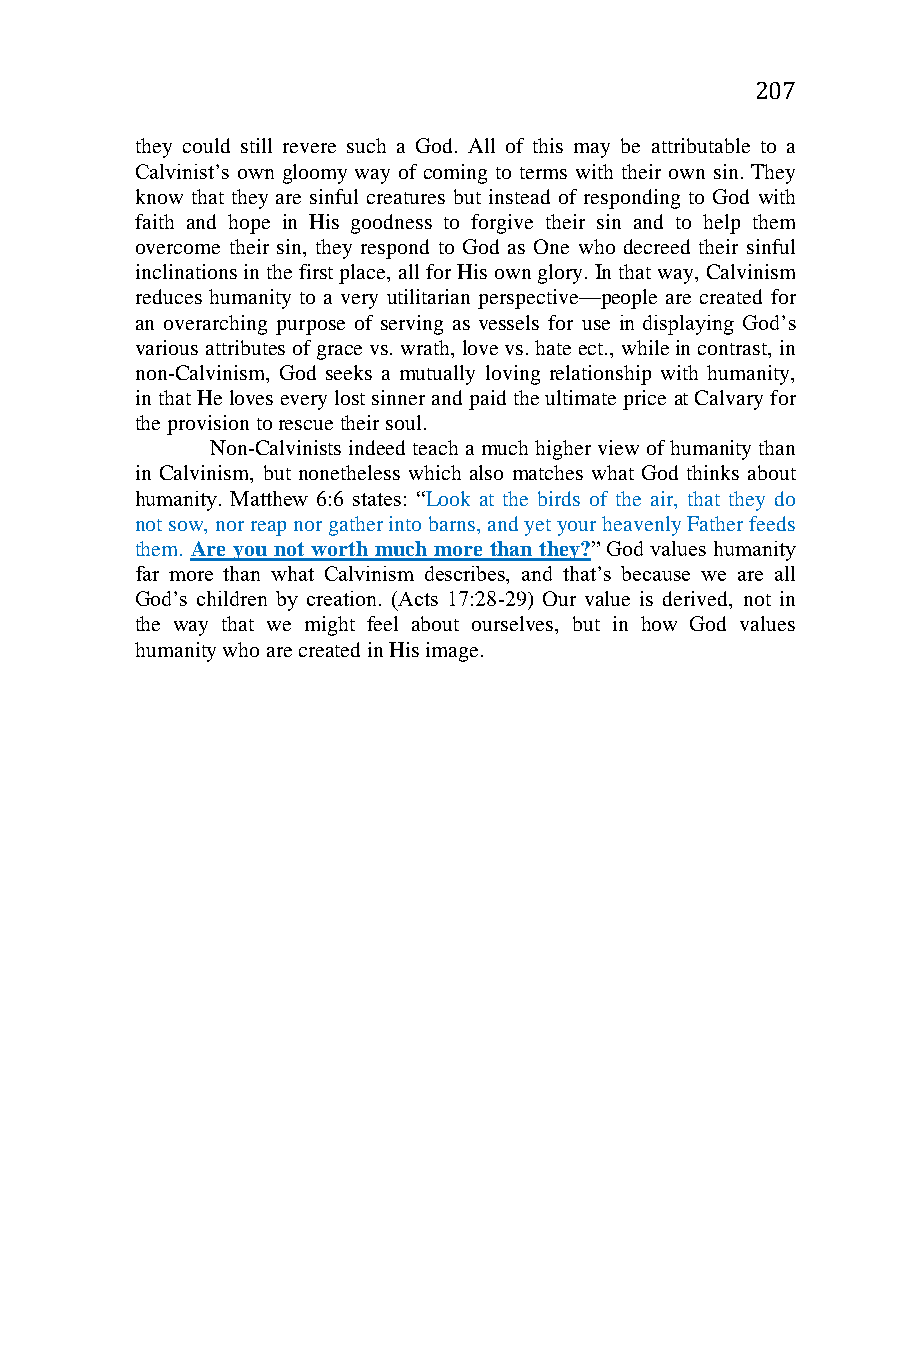
207
 they could still revere such a God. All of this may be attributable to a
 Calvinist’s own gloomy way of coming to terms with their own sin. They
 know that they are sinful creatures but instead of responding to God with
 faith and hope in His goodness to forgive their sin and to help them
 overcome their sin, they respond to God as One who decreed their sinful
 inclinations in the first place, all for His own glory. In that way, Calvinism
 reduces humanity to a very utilitarian perspective—people are created for
 an overarching purpose of serving as vessels for use in displaying God’s
 various attributes of grace vs. wrath, love vs. hate ect., while in contrast, in
 non-Calvinism, God seeks a mutually loving relationship with humanity,
 in that He loves every lost sinner and paid the ultimate price at Calvary for
 the provision to rescue their soul.
 Non-Calvinists indeed teach a much higher view of humanity than
 in Calvinism, but nonetheless which also matches what God thinks about
 humanity. Matthew 6:6 states: “Look at the birds of the air, that they do
 not sow, nor reap nor gather into barns, and yet your heavenly Father feeds
 them. Are you not worth much more than they?” God values humanity
 far more than what Calvinism describes, and that’s because we are all
 God’s children by creation. (Acts 17:28-29) Our value is derived, not in
 the way that we might feel about ourselves, but in how God values
 humanity who are created in His image.